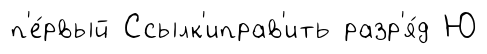
п'е́рвый Ссылк'иправ'ить разр'я́д Ю